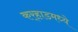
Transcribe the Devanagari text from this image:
कर्‍हाडमध्ये